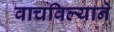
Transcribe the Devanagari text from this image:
वाचविल्याने